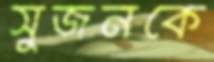
সুজনকে